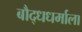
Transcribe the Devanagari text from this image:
बौद्धधर्माला